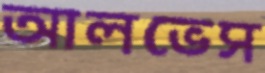
আলভেস